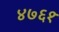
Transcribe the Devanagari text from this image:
४७६१